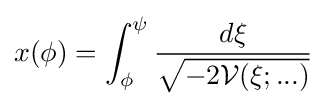
x(\phi )=\int _{\phi }^{\psi }{\frac {d\xi }{\sqrt {-2{\mathcal {V}}(\xi ;...)}}}